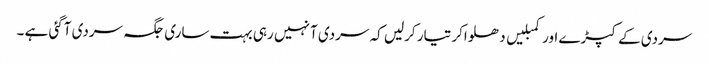
سردی کے کپڑے اور کمبلیں دھلواکر تیار کرلیں کہ سردی آ نہیں رہی بہت ساری جگہ سردی آگئی ہے ۔